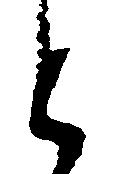
と